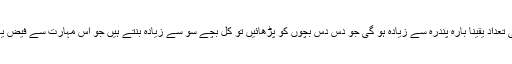
قیدیوں کی تعداد یقیناً بارہ پندرہ سے زیادہ ہو گی جو دس دس بچوں کو پڑھائیں تو کل بچے سو سے زیادہ بنتے ہیں جو اس مہارت سے فیض یاب ہوئے۔